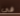
فى